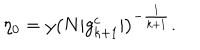
\eta _ { 0 } = y \left( N | g _ { k + 1 } ^ { c } | \right) ^ { - \frac { 1 } { k + 1 } } .